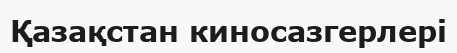
Қазақстан киносазгерлері